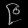
Digit: ၉